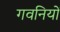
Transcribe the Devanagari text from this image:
गवनियों